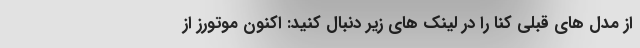
از مدل های قبلی کنا را در لینک های زیر دنبال کنید: اکنون موتورز از